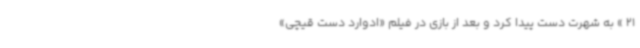
21 » به شهرت دست پیدا کرد و بعد از بازی در فیلم «ادوارد دست قیچی»